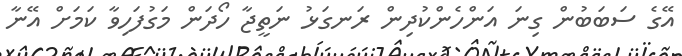
އޭގެ ސަބަބުން ގިނަ އަންހެންކުދިން ރަނގަޅު ނަތީޖާ ހޯދަން މަގުފަހިވާ ކަމަށް އޭނާ